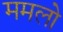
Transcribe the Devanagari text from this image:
ममलो